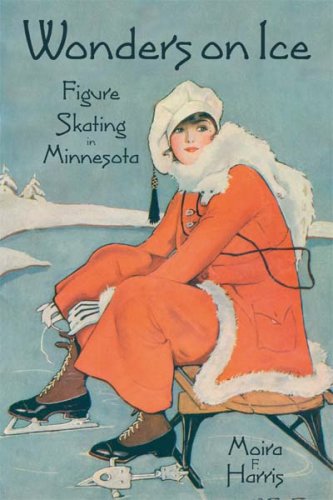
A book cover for Wonders on Ice, Figure Skating in Minnesota; Moira F Harris; Sports & Outdoors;